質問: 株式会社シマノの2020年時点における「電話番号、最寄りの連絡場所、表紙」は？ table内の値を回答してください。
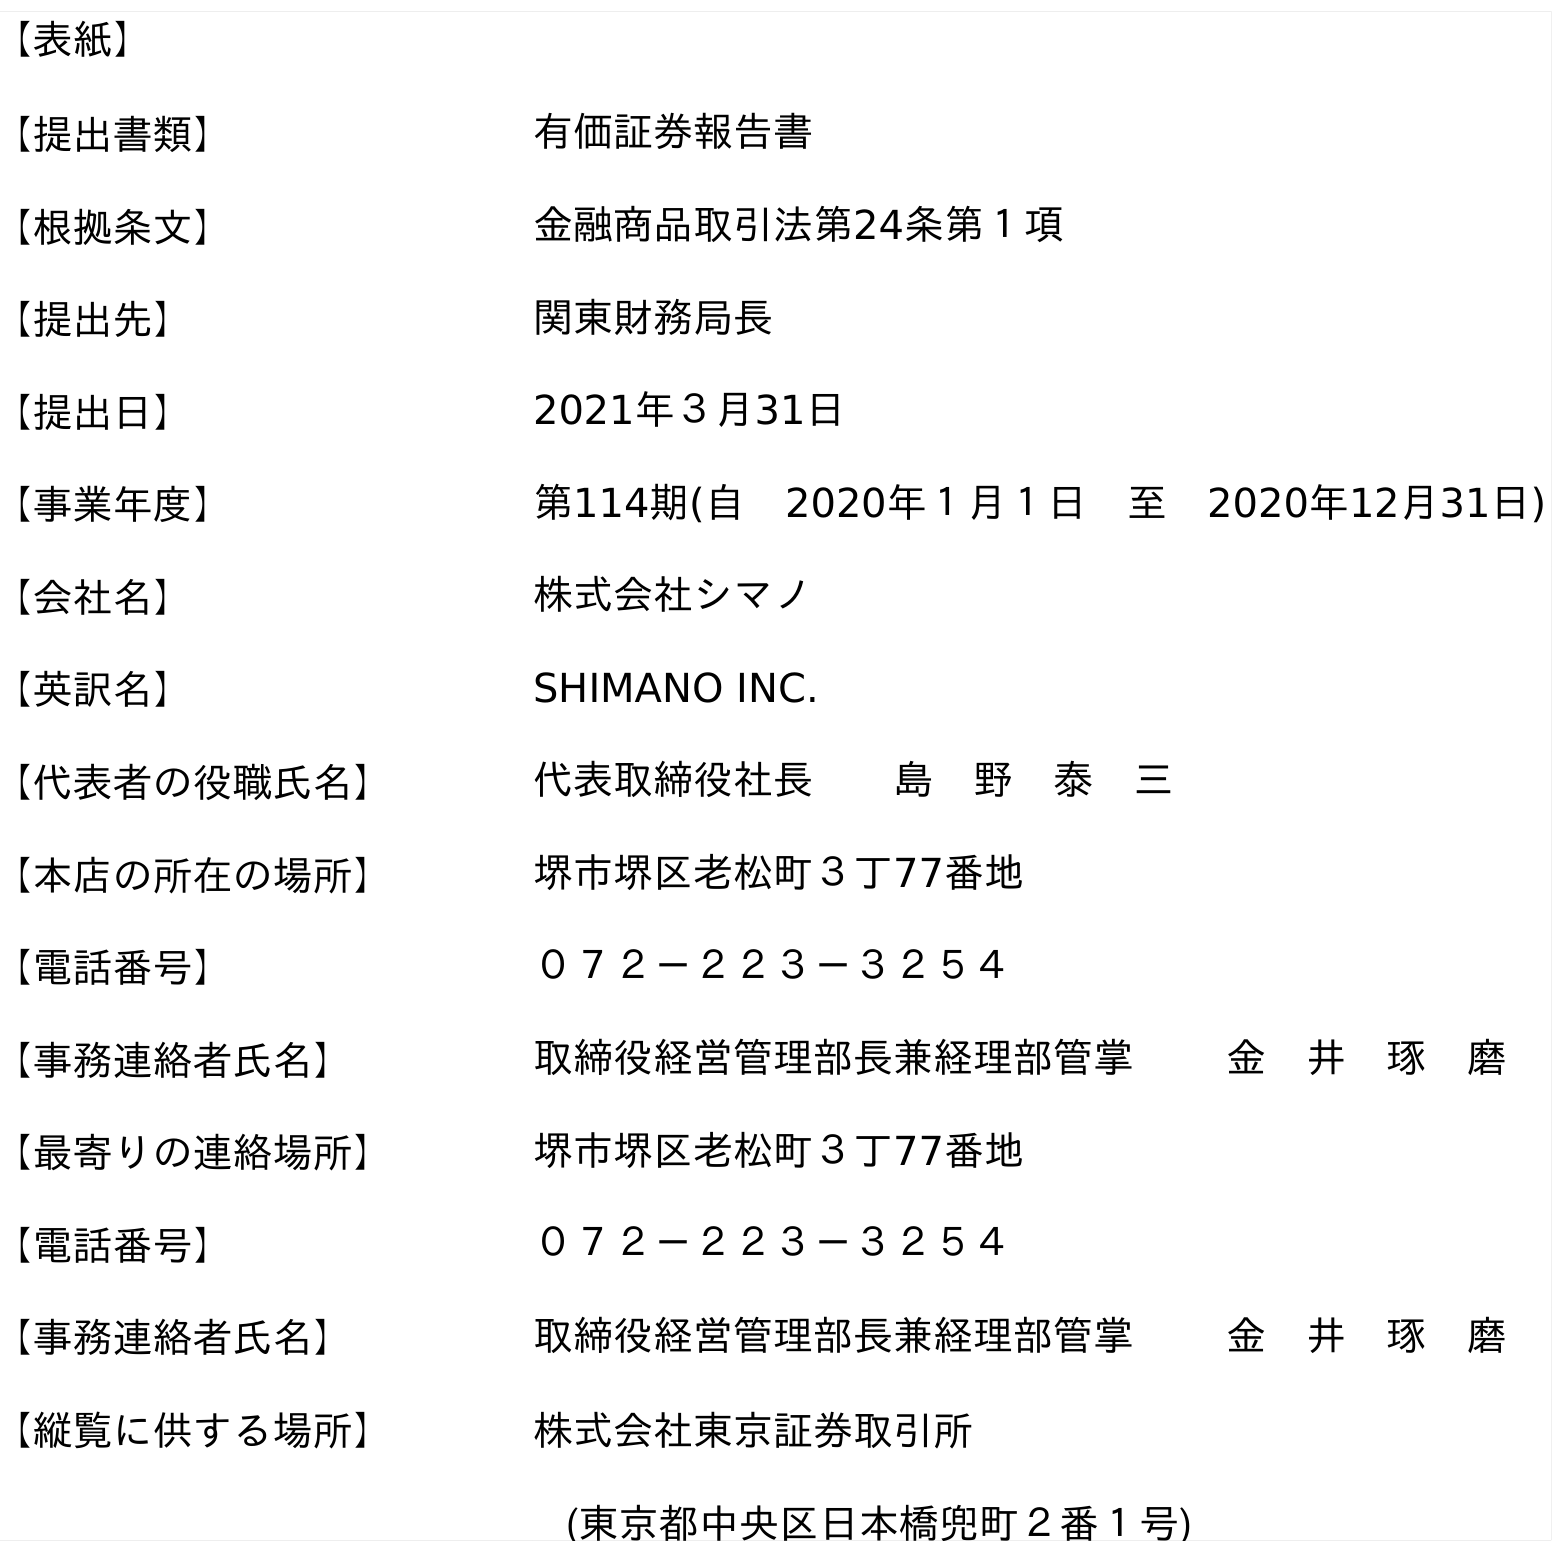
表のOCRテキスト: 【表紙】 【提出書類】 有価証券報告書 【根拠条文】 金融商品取引法第24条第１項 【提出先】 関東財務局長 【提出日】 2021年３月31日 【事業年度】 第114期(自 2020年１月１日 至 2020年12月31日) 【会社名】 株式会社シマノ 【英訳名】 SHIMANO INC. 【代表者の役職氏名】 代表取締役社長  島 野 泰 三 【本店の所在の場所】 堺市堺区老松町３丁77番地 【電話番号】 ０７２－２２３－３２５４ 【事務連絡者氏名】 取締役経営管理部長兼経理部管掌   金 井 琢 磨 【最寄りの連絡場所】 堺市堺区老松町３丁77番地 【電話番号】 ０７２－２２３－３２５４ 【事務連絡者氏名】 取締役経営管理部長兼経理部管掌   金 井 琢 磨 【縦覧に供する場所】 株式会社東京証券取引所 (東京都中央区日本橋兜町２番１号)
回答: ０７２－２２３－３２５４